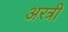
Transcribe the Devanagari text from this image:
अरत्री